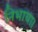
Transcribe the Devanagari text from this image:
निभाया।